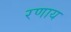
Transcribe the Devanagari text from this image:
रणाय